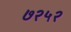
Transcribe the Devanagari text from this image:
७२५२